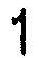
1